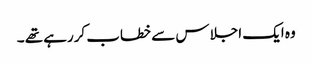
وہ ایک اجلا س سے خطاب کررہے تھے ۔